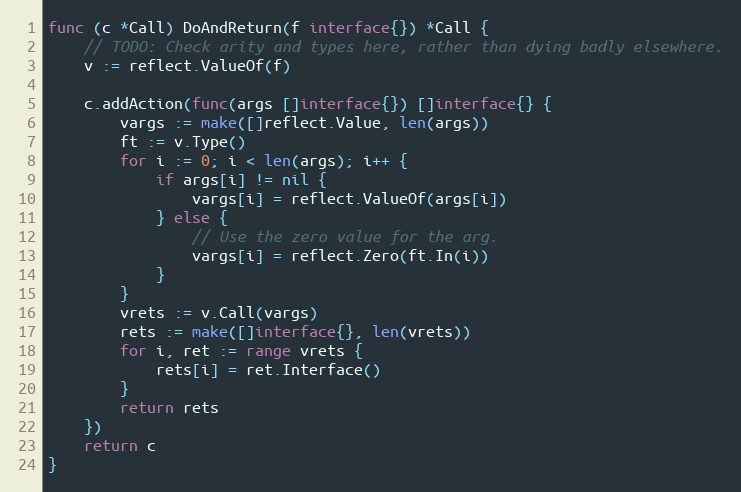
Language: Go
func (c *Call) DoAndReturn(f interface{}) *Call {
	// TODO: Check arity and types here, rather than dying badly elsewhere.
	v := reflect.ValueOf(f)

	c.addAction(func(args []interface{}) []interface{} {
		vargs := make([]reflect.Value, len(args))
		ft := v.Type()
		for i := 0; i < len(args); i++ {
			if args[i] != nil {
				vargs[i] = reflect.ValueOf(args[i])
			} else {
				// Use the zero value for the arg.
				vargs[i] = reflect.Zero(ft.In(i))
			}
		}
		vrets := v.Call(vargs)
		rets := make([]interface{}, len(vrets))
		for i, ret := range vrets {
			rets[i] = ret.Interface()
		}
		return rets
	})
	return c
}